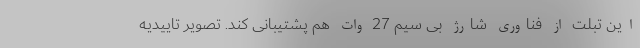
این تبلت از فناوری شارژ بی سیم 27 وات هم پشتیبانی کند. تصویر تاییدیه